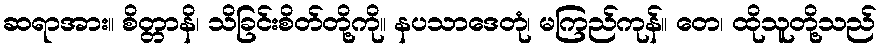
ဆရာအား။ စိတ္တာနိ၊ သိခြင်းစိတ်တို့ကို။ နပသာဒေတုံ၊ မကြည်ကုန်။ တေ၊ ထိုသူတို့သည်